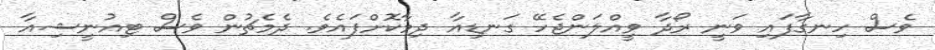
ވެސް ހިނގާފައި ވަނީ ރޯދާ ވީއްލަންޖެހޭ ގަނޑިއާ ދިމާކޮށްފައެވެ. ދެމެޗުން ވެސް ޓިއުނީޝިއާ